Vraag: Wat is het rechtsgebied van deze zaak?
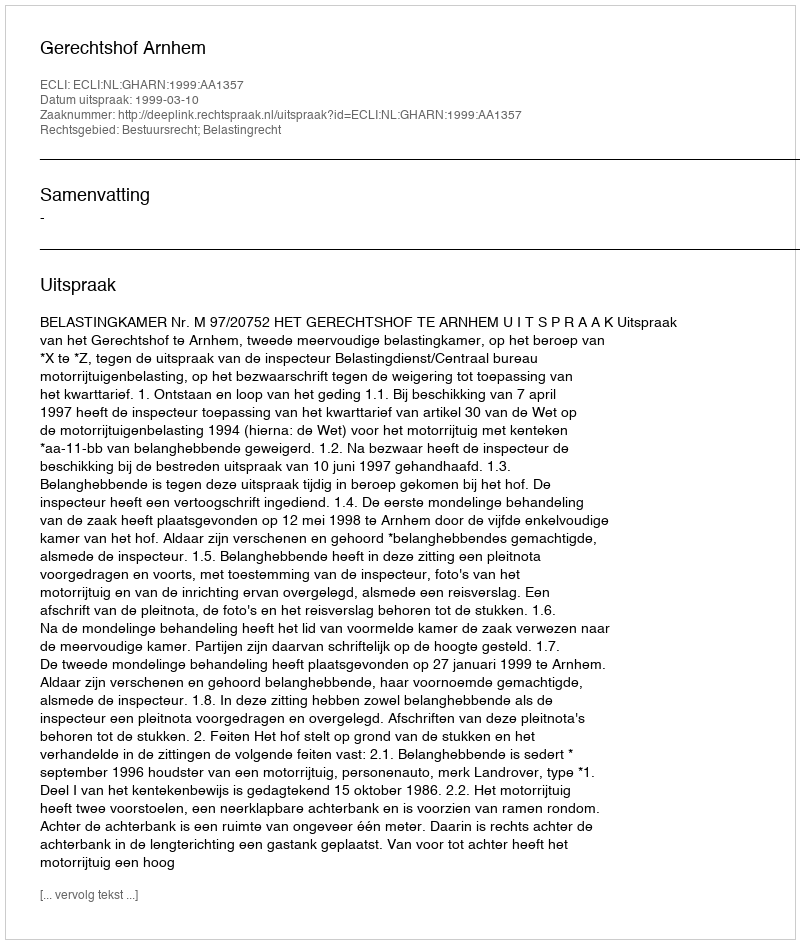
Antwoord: Bestuursrecht; Belastingrecht